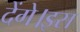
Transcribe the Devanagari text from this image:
देंगे।इस